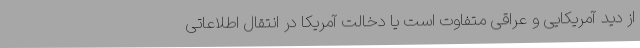
از دید آمریکایی و عراقی متفاوت است یا دخالت آمریکا در انتقال اطلاعاتی